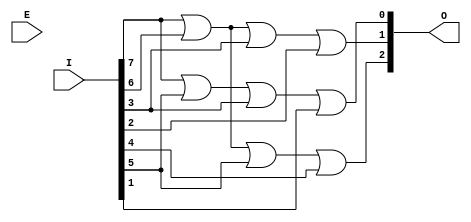
`timescale 1ns / 1ps
module en83(I, E, O);
    input [7:0] I;
    input E;
    output [2:0] O;
	 
	
	 
	assign O[0] = I[7] | I[5] | I[3] | I[1]; 
	assign O[1] = I[7] | I[6] | I[3] | I[2];
	assign O[2] = I[7] | I[6] | |I[5] | I[4];
	 
	 
endmodule